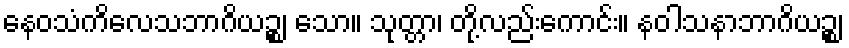
နေဝသံကိလေသဘာဂိယဉ္စ၊ သော။ သုတ္တာ၊ တို့လည်းကောင်း။ နဝါသနာဘာဂိယဉ္စ၊